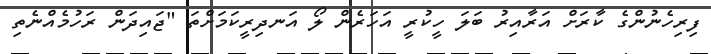
ފިރިހެނުންގެ ކާރަށް އަރާއިރު ބަލަ ހީކުރީ އަހަރެން ލޯ އަނދިރީކަމަށްތަ "ޖައިދަން ރަހުމެއްނެތި